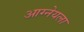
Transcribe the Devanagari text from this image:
आग्नेयला